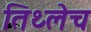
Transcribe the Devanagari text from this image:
तिथ्लेच